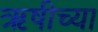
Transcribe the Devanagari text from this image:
ऋषीच्या